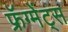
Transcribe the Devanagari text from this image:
फ्रॅग्मेंट्स